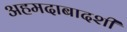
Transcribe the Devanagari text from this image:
अहमदाबादशी